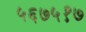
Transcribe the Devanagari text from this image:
५६७५१७